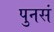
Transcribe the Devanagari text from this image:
पुनसं